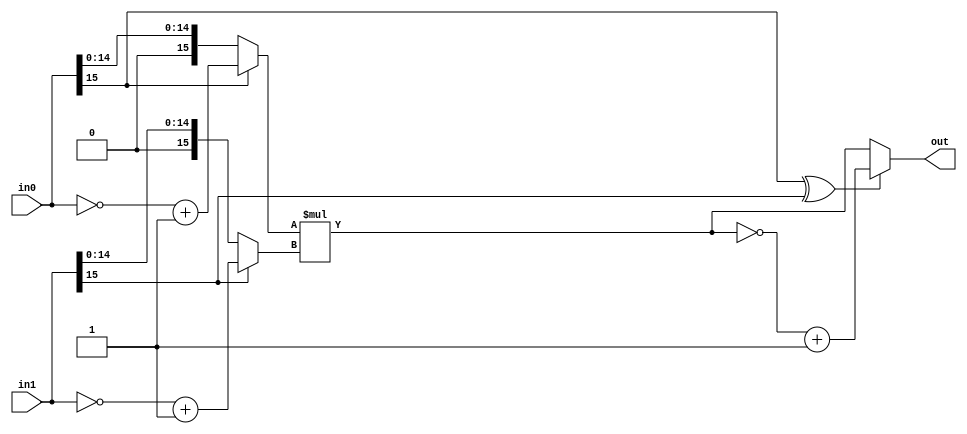
module signed_mul #(
	parameter IN_WIDTH  = 16,
	parameter OUT_WIDTH = 2 * IN_WIDTH
)
(
	input  wire [IN_WIDTH-1:0]  in0,
	input  wire [IN_WIDTH-1:0]  in1,
	output wire [OUT_WIDTH-1:0] out
);

wire [IN_WIDTH-1:0]  passed_in0;
wire [IN_WIDTH-1:0]  passed_in1;
wire [OUT_WIDTH-1:0] passed_out;

assign passed_in0 = (in0[IN_WIDTH-1])? (~in0 + 1): in0;
assign passed_in1 = (in1[IN_WIDTH-1])? (~in1 + 1): in1;

assign passed_out = passed_in0 * passed_in1;

assign out = (in0[IN_WIDTH-1] ^ in1[IN_WIDTH-1])? (~passed_out + 1) : passed_out;

endmodule